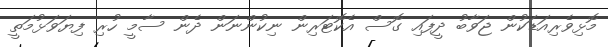
މޮޅިވެރިއަޑަކުން ޖަވާބު ދީފައި ގޮސް އެކޮޓަރިން ނިކުންނަން ދެން ސާމީ ހުރި ފިޔަވަޅުމަތީ